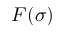
F ( \sigma )